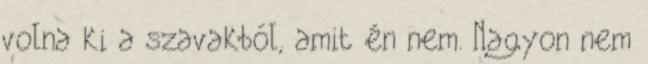
volna ki a szavakból, amit én nem. Nagyon nem